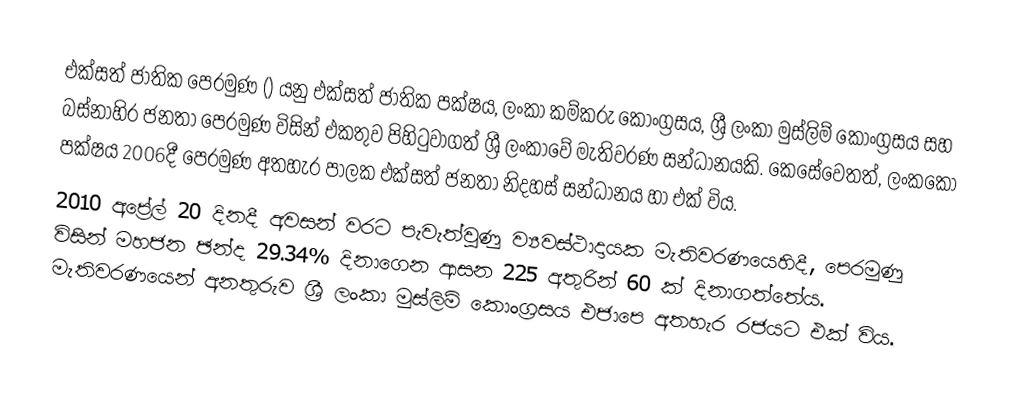
එක්සත් ජාතික පෙරමුණ  () යනු එක්සත් ජාතික පක්ෂය,   ලංකා කම්කරු කොංග්‍රසය, ශ්‍රී ලංකා මුස්ලිම් කොංග්‍රසය සහ  බස්නාහිර ජනතා පෙරමුණ විසින් එකතුව පිහිටුවාගත් ශ්‍රී ලංකාවේ මැතිවරණ සන්ධානයකි. කෙසේවෙතත්, ලංකකො පක්ෂය 2006දී පෙරමුණ අතහැර පාලක  එක්සත් ජනතා නිදහස් සන්ධානය හා එක් විය.
2010 අප්‍රේල් 20 දිනදී අවසන් වරට පැවැත්වුණු ව්‍යවස්ථාදායක මැතිවරණයෙහිදී, පෙරමුණු විසින් මහජන ඡන්ද 29.34% දිනාගෙන ආසන 225 අතුරින් 60 ක් දිනාගත්තේය. මැතිවරණයෙන් අනතුරුව ශ්‍රී ලංකා මුස්ලිම් කොංග්‍රසය එජාපෙ අතහැර රජයට එක් විය.